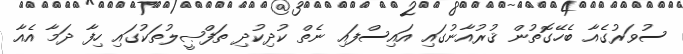
ސުވަރުގެއާ ބެހޭގޮތުން ޤުރުއާނުގައި އައިސްފައި ނެތް ކުދިކުދި ތަފްޞީލުތަކުގައި ހިފާ ދަމާ އެއާ